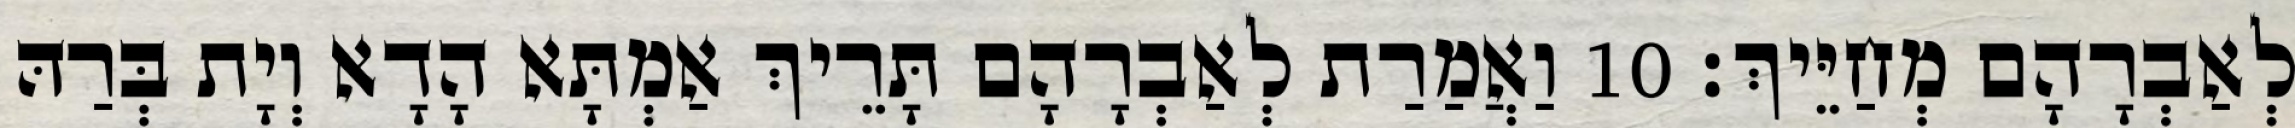
לְאַבְרָהָם מְחַיֵּיךְ׃ 10 וַאֲמַרַת לְאַבְרָהָם תָּרֵיךְ אַמְתָּא הָדָא וְיָת בְּרַהּ